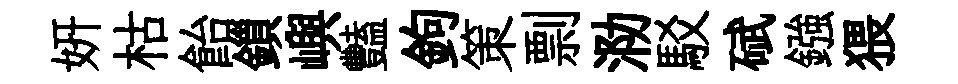
妍枯飴鎻嶼豔鉤策剽泐駁碔鏹猥